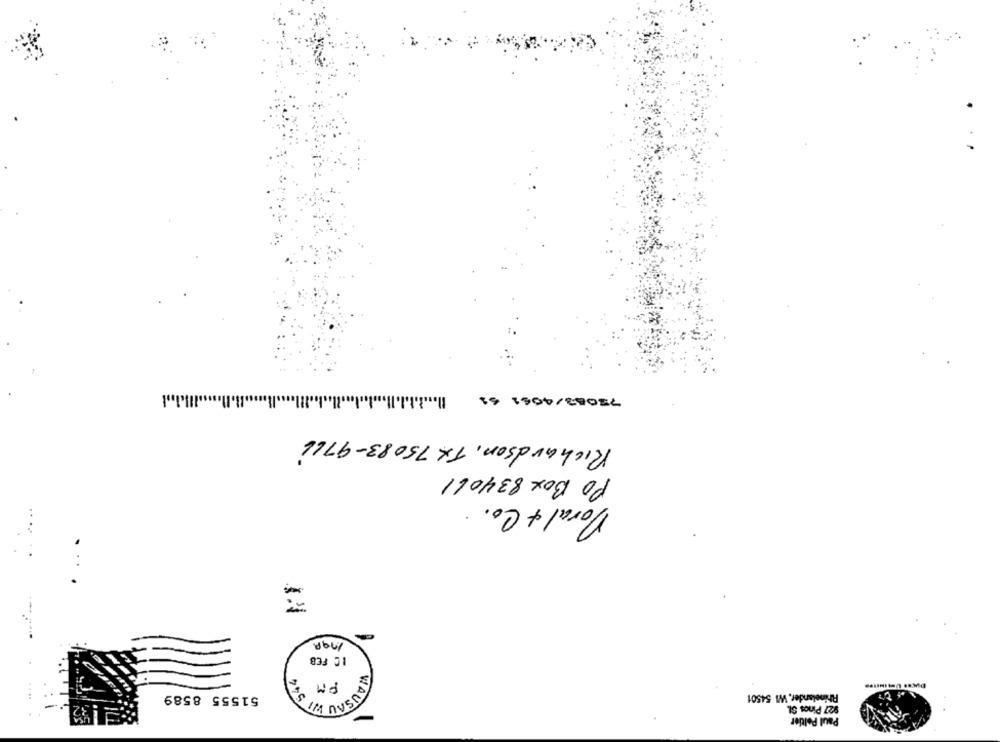
72063/4661 61
Richardson, TX 75083-9711
PO Box 834061
Doral & Co ..
....
IC FEB
PM
KAUSAU WI 545
51555 8589
Rhinelander, WI 54501
927 Pinos SI.
Paul Peltier